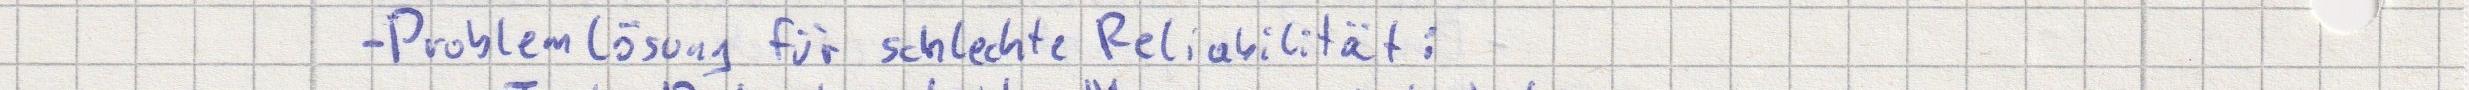
- Problemlösung für schlechte Reliabilität: